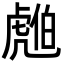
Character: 𧇚